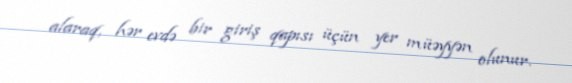
alaraq, hər evdə bir giriş qapısı üçün yer müəyyən olunur.